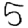
Digit: 5